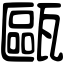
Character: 甌